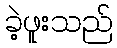
ခဲ့ဖူးသည်